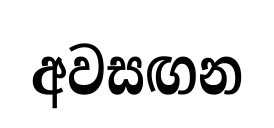
අවසඟන